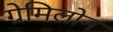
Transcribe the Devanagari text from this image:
ग्रेमिलोन